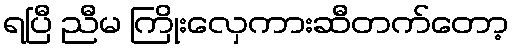
ရပြီ ညီမ ကြိုးလှေကားဆီတက်တော့